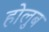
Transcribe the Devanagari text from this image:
होलुब